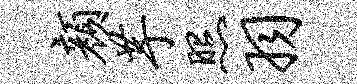
颜芋照羽